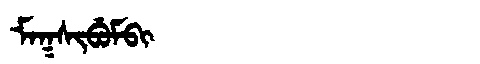
Manchu: ᠮᠠᡴᠰᡳᠪᡠᠮᠪᡳ
Romanization: MAKSIBUMBI